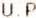
U.P